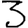
Digit: 3